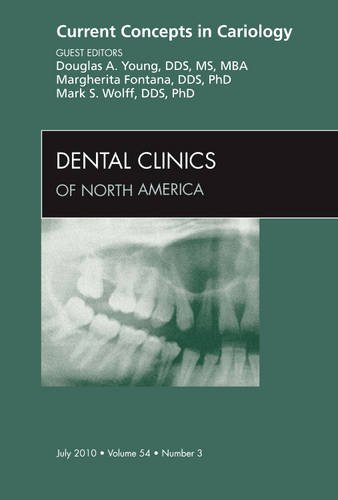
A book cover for Current Concepts in Cariology, An Issue of Dental Clinics, 1e (The Clinics: Dentistry); Douglas A. Young DDS  MS  MBA; Medical Books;